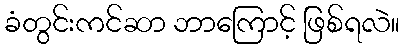
ခံတွင်းကင်ဆာ ဘာကြောင့် ဖြစ်ရလဲ။